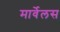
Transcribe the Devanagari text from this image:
मार्वेलस